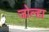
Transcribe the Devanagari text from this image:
जोल्हा